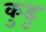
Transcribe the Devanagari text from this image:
कुडू